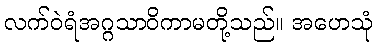
လက်ဝဲရံအဂ္ဂသာဝိကာမတို့သည်။ အဟေသုံ